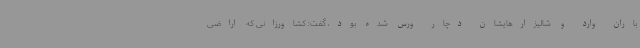
باران وارد و شالیزارهایشان دچار ورس شده بود، گفت: کشاورزانی که اراضی